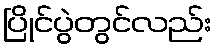
ပြိုင်ပွဲတွင်လည်း